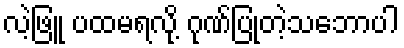
လဲ့ဖြူ ပထမရလို့ ဂုဏ်ပြုတဲ့သဘောပါ